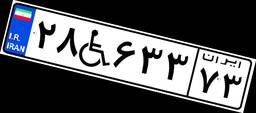
۲۸W۶۳۳۷۳